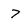
Character: 7